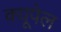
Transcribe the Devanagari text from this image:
क्यूपेल